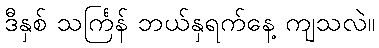
ဒီနှစ် သင်္ကြန် ဘယ်နှရက်နေ့ ကျသလဲ။